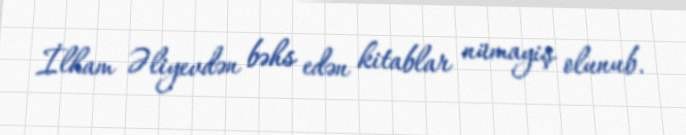
İlham Əliyevdən bəhs edən kitablar nümayiş olunub.